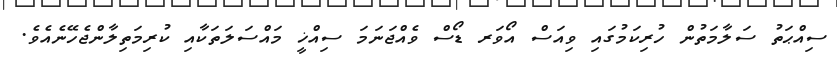
ސިއްޙަތު ސަލާމަތުން ހުރިކަމުގައި ވިއަސް އޯވަރ ޑޯސް ވެއްޖަނަމަ ސިއްޚީ މައްސަލަތަކާއި ކުރިމަތިލާންޖެހޭނެއެވެ.